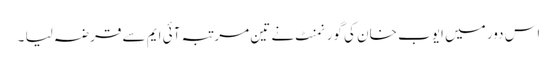
اس دور میں ایوب خان کی گورنمنٹ نے تین مرتبہ آئی ایم سے قرضہ لیا ۔